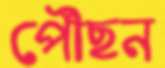
পৌঁছন